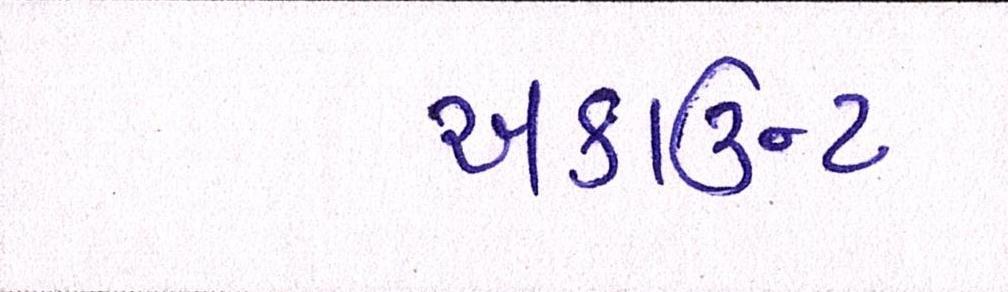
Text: અકાઉન્ટ